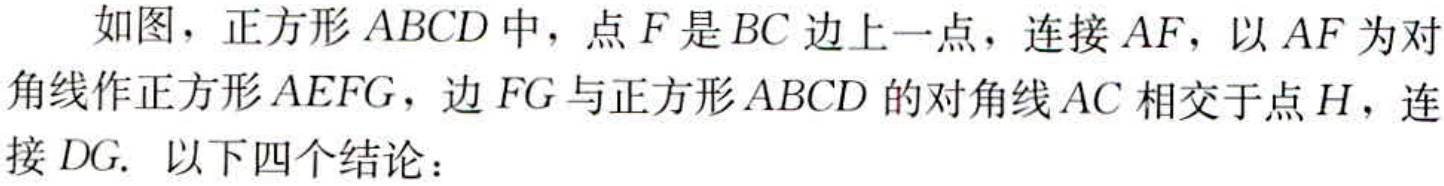
如图，正方形\(ABCD\)中，点\(F\)是\(BC\)边上一点，连接\(AF\)，以\(AF\)为对角线作正方形\(AEFG\)，边\(FG\)与正方形\(ABCD\)的对角线\(AC\)相交于点\(H\)，连接\(DG\). 以下四个结论：